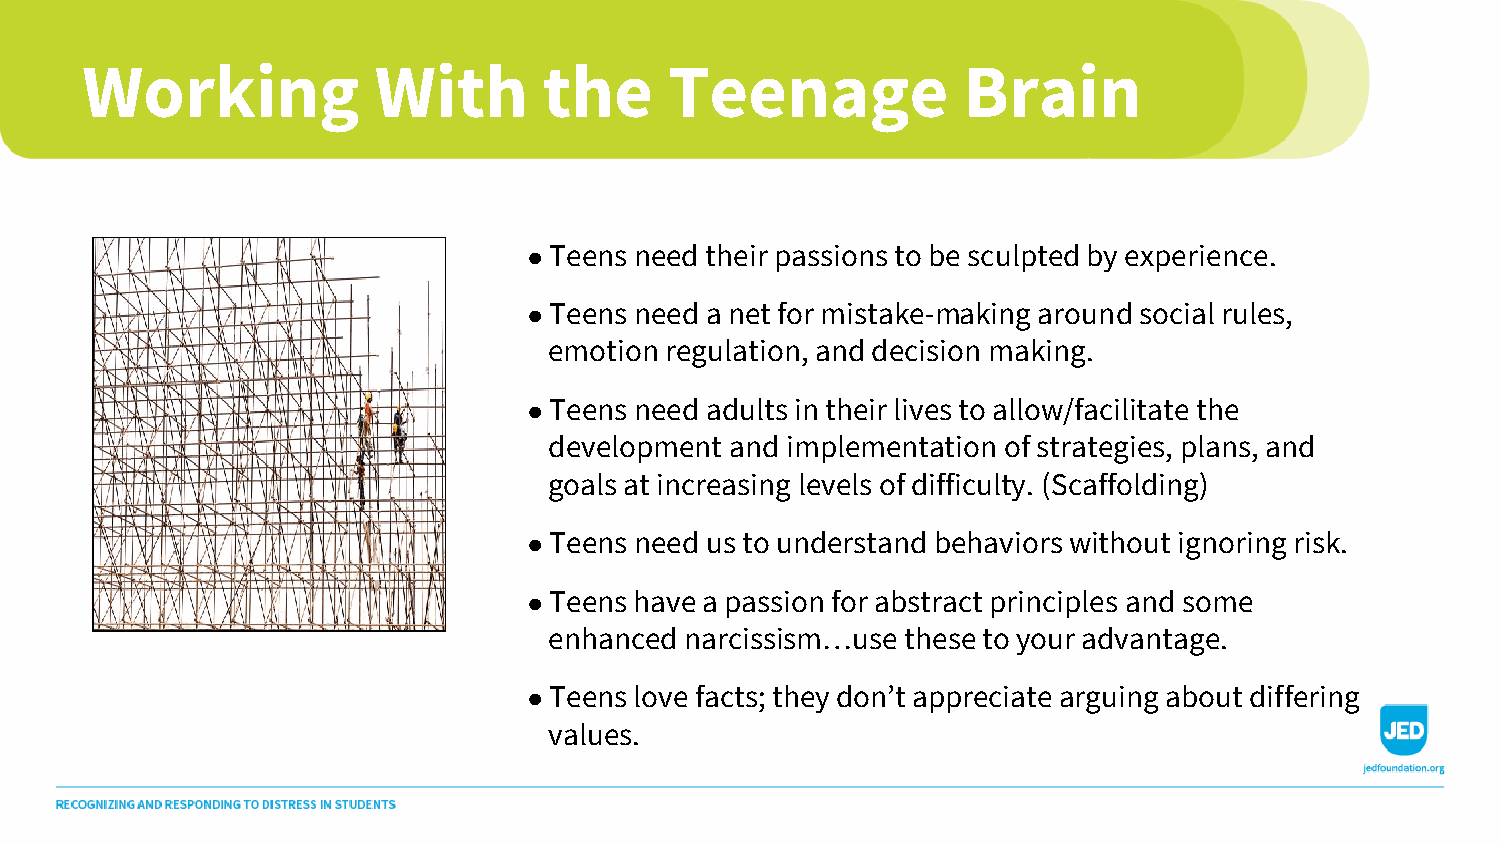
Working             With       the     Teenage             Brain
 ●Teens need their passions to be sculpted by experience.
 ●Teens need a net for mistake-making around social rules,
 emotion regulation, and decision making.
 ●Teens need adults in their lives to allow/facilitate the
 development and implementation of strategies, plans, and
 goals at increasing levels of difficulty. (Scaffolding)
 ●Teens need us to understand behaviors without ignoring risk.
 ●Teens have a passion for abstract principles and some
 enhanced narcissism…use these to your advantage.
 ●Teens love facts; they don’t appreciate arguing about differing
 values.